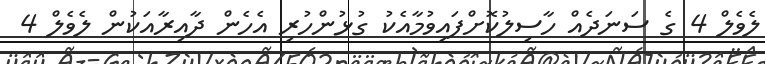
ލެވެލް 4 ގެ ސަނަދެއް ހާސިލުކޮށްފައިވުމާއެކު ގުޅުންހުރި އެހެން ދާއިރާއަކުން ލެވެލް 4